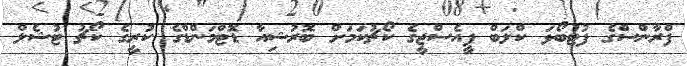
ފްރާންސްގެ ފުޓުބޯޅަ ކްލަބް ޕީއެސްޖީގެ ކޯޗުކަމަށް ބޮރުޝިއާ ޑޮޓްމަންޑްގެ ކުރީގެ ކޯޗު ޓުޝެލް